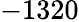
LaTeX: -1320